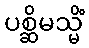
ပစ္ဆိမသ္မိံ